Medical and sanitary report of the native army of Bengal for the year
Year: 1876
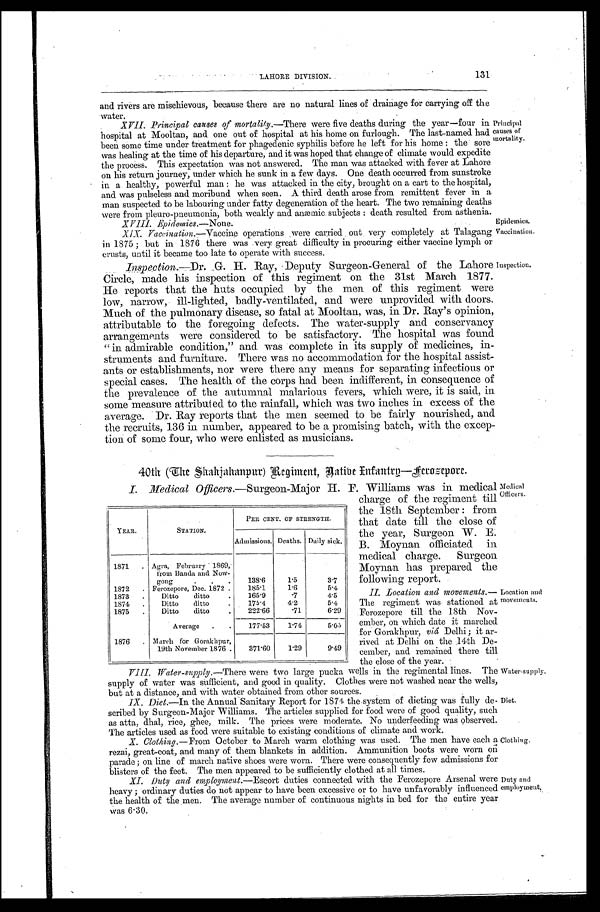
LAHORE DIVISION.
131
and rivers are mischievous, because there are no natural lines of drainage for carrying off the
water.
XVII. Principal causes of mortality .—There were five deaths during the year—four in
hospital at Mooltan, and one out of hospital at his home on furlough. The last-named had
been some time under treatment for phagedenic syphilis before he left for his home: the sore
was healing at the time of his departure, and it was hoped that change of climate would expedite
the process. This expectation was not answered. The man was attacked with fever at Lahore
on his return journey, under which he sunk in a few days. One death occurred from sunstroke
in a healthy, powerful man: he was attacked in the city, brought on a cart to the hospital;
and was pulseless and moribund when seen. A third death arose from remittent fever in a
man suspected to be labouring under fatty degeneration of the heart. The two remaining deaths
wer e f r om pl eur o- pneumoni a, bot h weakl y and anæmi c s ubj ect s : deat h r es ul t ed f r om as t heni a.
Principal causes of mortality
.
XVIII. Epidemics.—None.
Epidemics.
XIX. Vaccination .—Vaccine operations were carried out very completely at Talagang
in 1875; but in 1876 there was .very great difficulty in procuring either vaccine lymph or
crusts, until it became too late to operate with success.
Vaccination.
Inspection.—Dr. G. Ray, Deputy Surgeon-General of the Lahore
Circle, made his inspection of this regiment on the 31st March 1877.
He reports that the huts occupied by the men of this regiment were
low, narrow, ill-lighted, badly-ventilated, and were unprovided with doors.
Much of the pulmonary disease, so fatal at Mooltan, was, in Dr. Ray's opinion,
attributable to the foregoing defects. The water-supply and conservancy
arrangements were considered to be satisfactory. The hospital was found
"in admirable condition," and. was complete in its supply of medicines, in-
struments and furniture. There was no accommodation for the hospital assist-
ants or establishments, nor were there any means for separating infectious or
special cases. The health of the corps had been indifferent, in consequence of
the prevalence of the autumnal malarious fevers, which were, it is said, in
some measure. attributed to the rainfall, which was. two inches in excess of the
average. Dr. Ray reports that the men seemed to be fairly nourished, and
the recruits, 136 in number, appeared to be a promising batch, with the excep-
tion of some four, who were enlisted as musicians.
Inspection.
40th (The Shahjhanpur) Regiment, Native Infantry—Ferozepore.
I. Medical Officers.—Surgeon-Major H. F. Williams was in medical
charge of the regiment till Officers
the 18th September: from
that date till the close of
the year, Surgeon W. E.
B. Moynan officiated in
medical charge. Surgeon
Moynan has prepared the
following report.
II. Location and movements.—
The regiment was stationed at
Ferozepore till the 18th Nov
ember, on which date it marched
for Gorakhpur, viá Delhi; it ar
- rived at Delhi on the 14th De-
cember, and remained there till
the close of the year.
Location and
movements
II. Water-supply. —There were two large pucka wells in the regimental lines. The
supply of water was sufficient, and good in quality. Clothes were not washed near the wells,
but at a distance, and with water obtained from other sources.
Water-supply.
IX. Diet.—In the Annual Sanitary Report for 1874 the system of dieting was fully de-
scribed by Surgeon-Major 'Williams. The articles supplied for food were of good quality, such
as atta, dhal, rice, ghee, milk. The prices were moderate. No underfeeding was observed.
The articles used as food were suitable to existing conditions of climate and work.
Diet
.
X. Clothing .—From October to March warm clothing was used. The men have each a
rezai, great-coat, and many of them blankets in addition. mmunition boots were worn on
parade; on line of march native shoes were worn. There were consequently few admissions for
blisters of the feet. The men appeared to be sufficiently clothed at all times.
Clothing.
XI. Duty and employment.—Escort duties connected with the Ferozepore Arsenal were
heavy; ordinary duties do not appear to have been excessive or to have unfavorably influenced
the health of the men. The average number of continuous nights in bed for the entire year
was 6.30.
Duty and
employment
.
YEAR.
STATION.
PER CENT. OF STRENGTH.
Admissions. Deaths. Daily sick.
1871
Agra, February 1869,
from Banda and Now-
gong
138.6
1.5
3.7
1872
Ferozepore, Dec. 1872.
185.1
1.6
5.4
1873
Ditto ditto
165.9
. 7 4.5
1874
Ditto ditto
175.4
4.2
5.4
1875
Ditto ditto
222.66
71
6.29
Average
177.53
1.74
5.05
1876
March for Gorakhpur,
19th November 1876 . 371.60
1.29
9.49